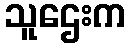
သူဌေးက